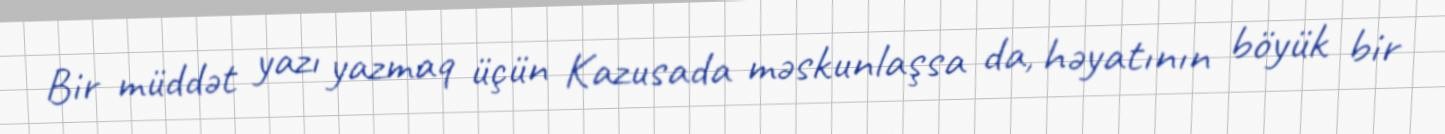
Bir müddət yazı yazmaq üçün Kazusada məskunlaşsa da, həyatının böyük bir